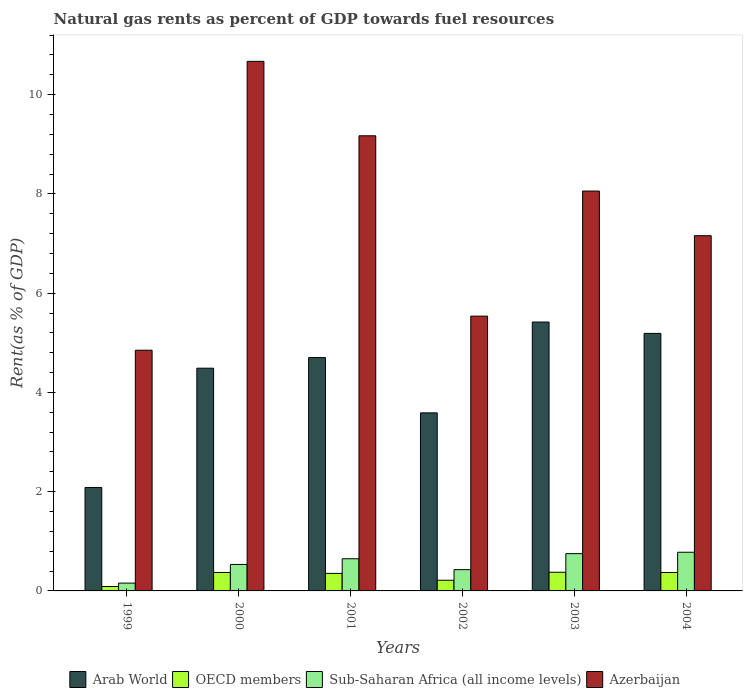
| Years | Arab World | OECD members | Sub-Saharan Africa (all income levels) | Azerbaijan |
 | --- | --- | --- | --- | --- |
 | 1999 | 2.08 | 0.0889 | 0.158 | 4.85 |
 | 2000 | 4.49 | 0.372 | 0.534 | 10.7 |
 | 2001 | 4.7 | 0.353 | 0.648 | 9.17 |
 | 2002 | 3.59 | 0.215 | 0.429 | 5.54 |
 | 2003 | 5.42 | 0.376 | 0.751 | 8.06 |
 | 2004 | 5.19 | 0.372 | 0.78 | 7.16 |